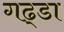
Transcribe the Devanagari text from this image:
गढ्‌डा